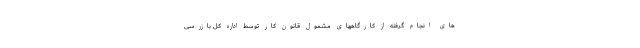
های انجام گرفته از کارگاههای مشمول قانون کار توسط اداره کل بازرسی